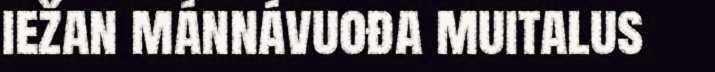
iežan mánnávuođa muitalus